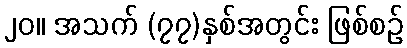
၂၀။ အသက် (၇၇)နှစ်အတွင်း ဖြစ်စဉ်